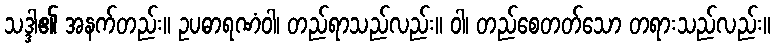
သဒ္ဒါ၏ အနက်တည်း။ ဥပဓာရဏံဝါ၊ တည်ရာသည်လည်း။ ဝါ၊ တည်စေတတ်သော တရားသည်လည်း။